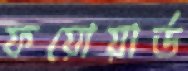
ফয়োয়ার্ড